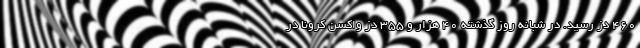
۴۶۰ دُز رسید. در شبانه روز گذشته ۴۰ هزار و ۳۵۵ دُز واکسن کرونا در